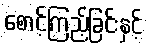
စောင့်ကြည့်ခြင်းနှင့်